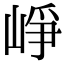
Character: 崢